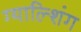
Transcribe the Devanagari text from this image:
ग्याल्शिंग